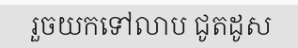
រួចយកទៅលាប ជូតដូស